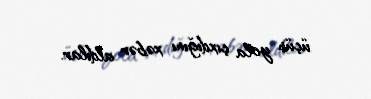
üçün yola çıxdığını xəbər aldılar.